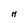
Character: H